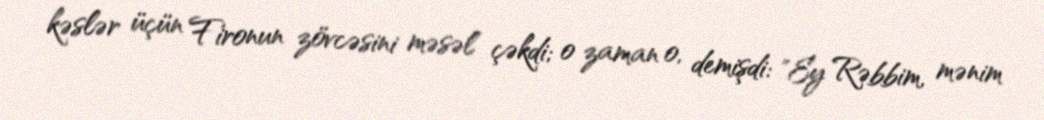
kəslər üçün Fironun zövcəsini məsəl çəkdi; o zaman o, demişdi: "Ey Rəbbim, mənim